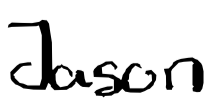
Text: Jason
Cross-out: clean
Writing tool: digital_black